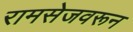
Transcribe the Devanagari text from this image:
रामसेजवरून